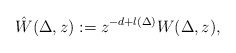
\begin{align*}\hat{W}(\Delta, z):=z^{-d+l(\Delta)}W(\Delta, z),\end{align*}